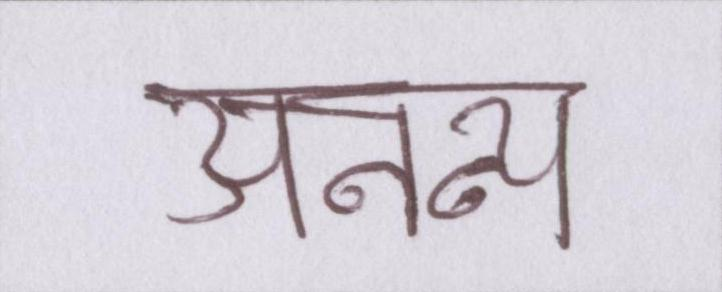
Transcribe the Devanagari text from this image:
अनन्य